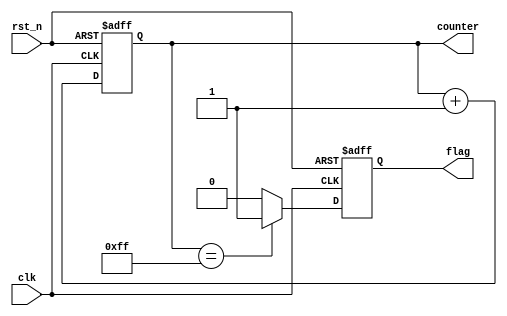
module default_state_initialization(
    input wire clk,            // Clock signal
    input wire rst_n,         // Active-low reset signal
    output reg [7:0] counter, // 8-bit counter
    output reg flag           // Status flag
);

    // State Variables Initialization
    initial begin
        counter = 8'b0;       // Initialize counter to 0
        flag = 1'b0;          // Initialize flag to low (inactive)
    end

    // Synchronous reset behavior
    always @(posedge clk or negedge rst_n) begin
        if (!rst_n) begin
            // Reset all state variables to defaults
            counter <= 8'b0;   // Reset counter to 0
            flag <= 1'b0;      // Reset flag to low (inactive)
        end else begin
            // State Update Logic Here (Example Logic)
            counter <= counter + 1;   // Increment counter
            if (counter == 8'b11111111) // Example condition to set flag
                flag <= 1'b1;  // Set flag when counter reaches max value
            else
                flag <= 1'b0;  // Clear flag otherwise
        end
    end

endmodule